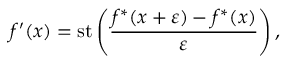
f ^ { \prime } ( x ) = \mathrm { s t } \left( { \frac { f ^ { * } ( x + \varepsilon ) - f ^ { * } ( x ) } { \varepsilon } } \right) ,